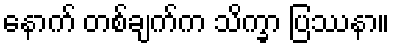
နောက် တစ်ချက်က သိက္ခာ ပြဿနာ။